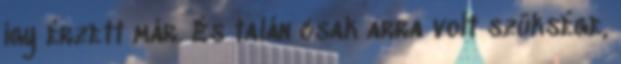
így érzett már. És talán csak arra volt szüksége,